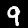
Label: 9